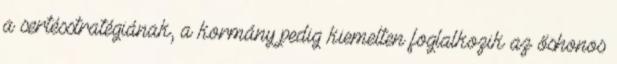
a sertésstratégiának, a kormány pedig kiemelten foglalkozik az őshonos